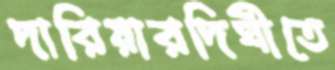
দারিয়ারদিঘীতে